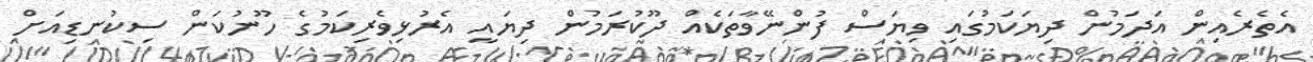
އެތެރެއިން އަދަމުން ދިޔަކަމުގައި ވިޔަސް ފުންނޭވާތަކެއް ދޫކުރަމުން ދިޔައީ އެރުޅިވެރިކަމުގެ ހޫނުކަން ސިކުނޑިއަށް